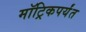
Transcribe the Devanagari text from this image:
मॉट्रिकपर्यंत